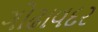
ગોઢાવદર